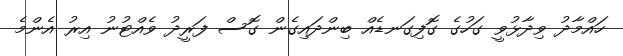
ހައްމާދު ވިދާޅުވީ ގަހުގެ ގޮފިގަނޑެއް ބިންދައިގެން ގޮސް ފަރީދު ވެއްޓުނު އިރު އެންމެ